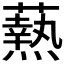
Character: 𭶢